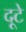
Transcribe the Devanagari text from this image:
दूटे